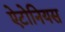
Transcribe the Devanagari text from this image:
ऐटोनियस